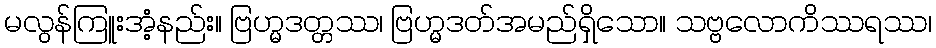
မလွန်ကြူးအံ့နည်း။ ဗြဟ္မဒတ္တဿ၊ ဗြဟ္မဒတ်အမည်ရှိသော။ သဗ္ဗလောကိဿရဿ၊